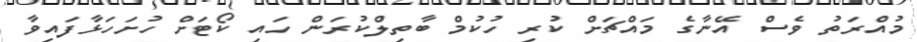
މުއްރަތު ވެސް އޭނާގެ މައްޗަށް ކުރި ހުކުމް ބާތިލްކުރަން ހައި ކޯޓަށް ހުށަހަޅާފައިވާ